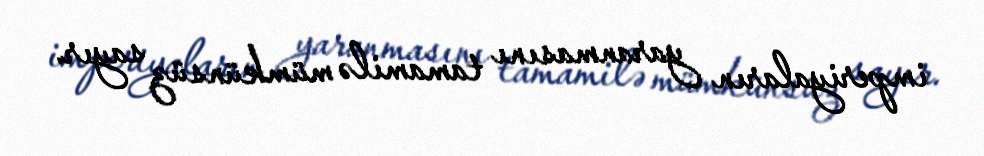
imperiyaların yaranmasını tamamilə mümkünsüz sayır.